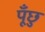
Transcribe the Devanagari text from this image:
पूँछु